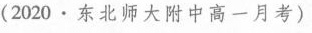
（2020 东北师大附中高一月考）